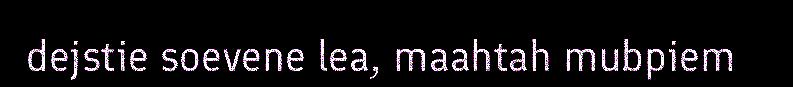
dejstie soevene lea, maahtah mubpiem